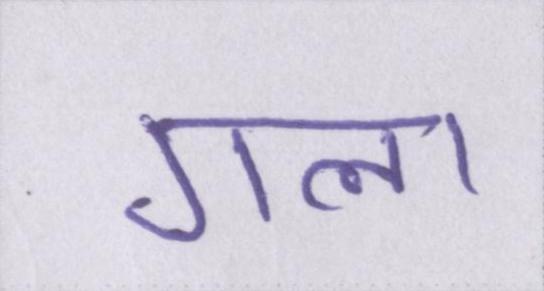
गला